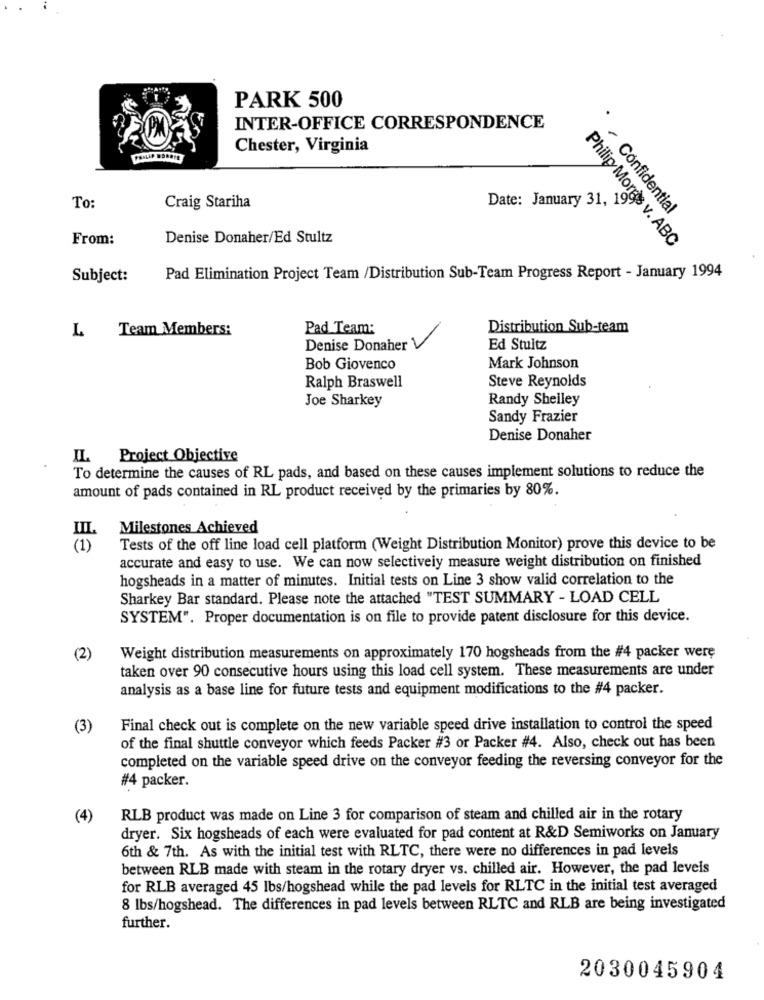
PARK 500
INTER-OFFICE CORRESPONDENCE
Chester, Virginia
PANLAP BOROTE
Date: January 31, 1999
To
Craig Stariha
Confidential
From:
Denise Donaher/Ed Stultz
Philip More's v. ABC
Subject:
Pad Elimination Project Team /Distribution Sub-Team Progress Report - January 1994
L Team Members:
Pad Team:
Distribution Sub-team
Denise Donaher
Ed Stultz
Bob Giovenco
Mark Johnson
Steve Reynolds
Ralph Braswell
Joe Sharkey
Randy Shelley
Sandy Frazier
Denise Donaher
IL Project Objective
To determine the causes of RL pads, and based on these causes implement solutions to reduce the
amount of pads contained in RL product received by the primaries by 80%.
Milestones Achieved
IIL
(1)
Tests of the off line load cell platform (Weight Distribution Monitor) prove this device to be
accurate and easy to use. We can now selectively measure weight distribution on finished
hogsheads in a matter of minutes. Initial tests on Line 3 show valid correlation to the
Sharkey Bar standard. Please note the attached "TEST SUMMARY - LOAD CELL
SYSTEM". Proper documentation is on file to provide patent disclosure for this device.
(2)
Weight distribution measurements on approximately 170 hogsheads from the #4 packer were
taken over 90 consecutive hours using this load cell system. These measurements are under
analysis as a base line for future tests and equipment modifications to the #4 packer.
(3)
Final check out is complete on the new variable speed drive installation to control the speed
of the final shuttle conveyor which feeds Packer #3 or Packer #4. Also, check out has been
completed on the variable speed drive on the conveyor feeding the reversing conveyor for the
#4 packer.
(4)
RLB product was made on Line 3 for comparison of steam and chilled air in the rotary
dryer. Six hogsheads of each were evaluated for pad content at R&D Semiworks on January
6th & 7th. As with the initial test with RLTC, there were no differences in pad levels
between RLB made with steam in the rotary dryer vs. chilled air. However, the pad leveis
for RLB averaged 45 lbs/hogshead while the pad levels for RLTC in the initial test averaged
8 lbs/hogshead. The differences in pad levels between RLTC and RLB are being investigated
further.
2030045904